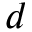
d